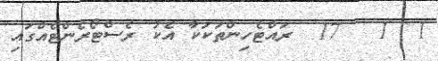
1  1   17  ރައްޓެހިންތަކަކާ އެކު ރެސްޓޯރެންޓެއްގައި